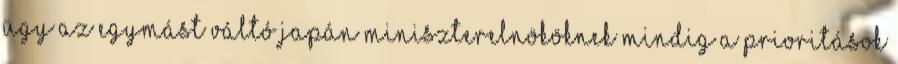
ügy az egymást váltó japán miniszterelnököknek mindig a prioritások